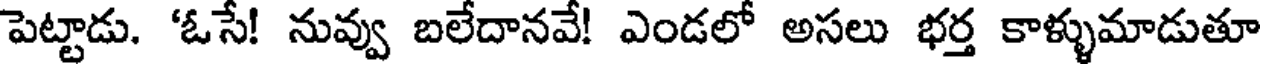
పెట్టాడు. 'ఓసే! నువ్వు బలేదానవే! ఎండలో అసలు భర్త కాళ్ళుమాడుతూ